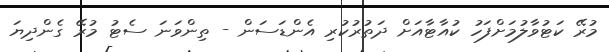
މުރޭ ކަޓުވާލުމަށްފަހު ކުއާޓާއަށް ދަތުރުކުރި އެންޑަސަން - ތިންވަނަ ސެޓު މުރޭ ގެންދިޔަ